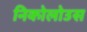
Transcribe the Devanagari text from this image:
निकोलोउस